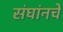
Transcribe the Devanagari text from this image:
संघांनचे